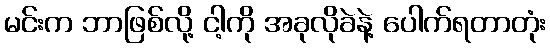
မင်းက ဘာဖြစ်လို့ ငါ့ကို အခုလိုခဲနဲ့ ပေါက်ရတာတုံး